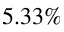
5 . 3 3 \%